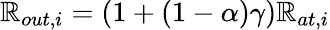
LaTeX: \mathbb{R}_{out,i}=\left(1+(1-\alpha)\gamma\right)\mathbb{R}_{at,i}